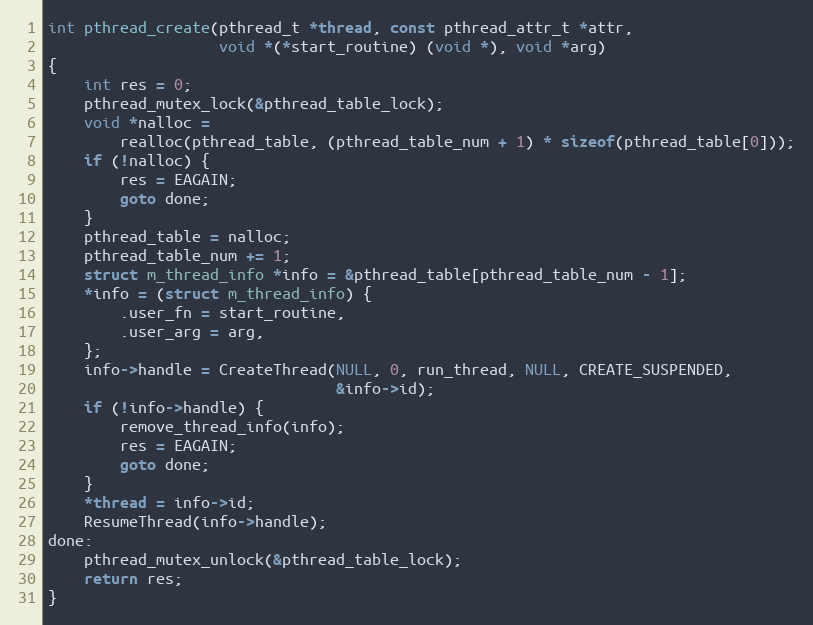
Language: C
int pthread_create(pthread_t *thread, const pthread_attr_t *attr,
                   void *(*start_routine) (void *), void *arg)
{
    int res = 0;
    pthread_mutex_lock(&pthread_table_lock);
    void *nalloc =
        realloc(pthread_table, (pthread_table_num + 1) * sizeof(pthread_table[0]));
    if (!nalloc) {
        res = EAGAIN;
        goto done;
    }
    pthread_table = nalloc;
    pthread_table_num += 1;
    struct m_thread_info *info = &pthread_table[pthread_table_num - 1];
    *info = (struct m_thread_info) {
        .user_fn = start_routine,
        .user_arg = arg,
    };
    info->handle = CreateThread(NULL, 0, run_thread, NULL, CREATE_SUSPENDED,
                                &info->id);
    if (!info->handle) {
        remove_thread_info(info);
        res = EAGAIN;
        goto done;
    }
    *thread = info->id;
    ResumeThread(info->handle);
done:
    pthread_mutex_unlock(&pthread_table_lock);
    return res;
}